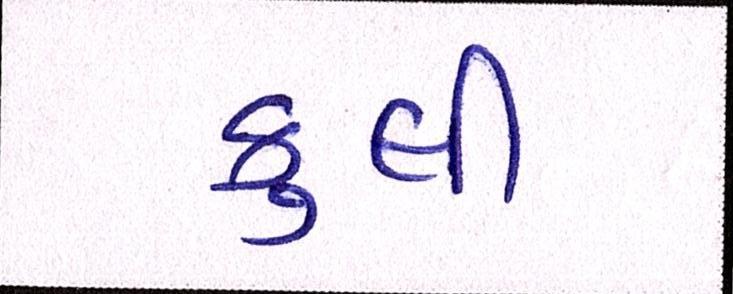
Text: કુલી